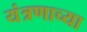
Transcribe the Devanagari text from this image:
यंत्रणाच्या